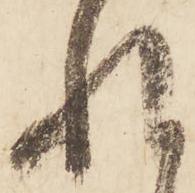
れ